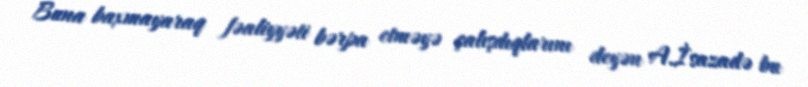
Buna baxmayaraq fəaliyyəti bərpa etməyə çalışdıqlarını deyən A.İsazadə bu